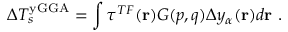
\Delta T _ { s } ^ { \mathrm { y G G A } } = \int \tau ^ { T F } ( \mathbf { r } ) G ( p , q ) \Delta y _ { \alpha } ( \mathbf { r } ) d \mathbf { r } \ .